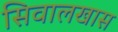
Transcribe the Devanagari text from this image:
सिवालखास